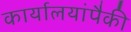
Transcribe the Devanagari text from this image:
कार्यालयांपैकी